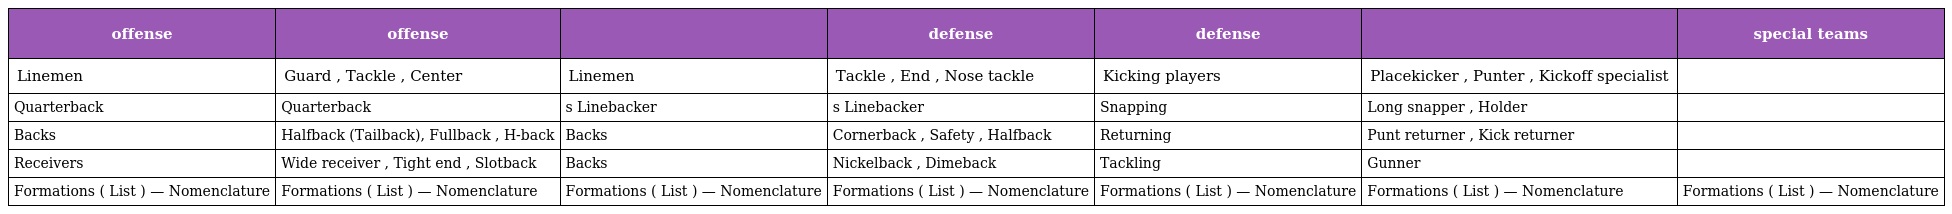
| offense | offense |  | defense | defense |  | special teams |
 | --- | --- | --- | --- | --- | --- | --- |
 | Linemen | Guard , Tackle , Center | Linemen | Tackle , End , Nose tackle | Kicking players | Placekicker , Punter , Kickoff specialist |  |
 | Quarterback | Quarterback | s Linebacker | s Linebacker | Snapping | Long snapper , Holder |  |
 | Backs | Halfback (Tailback), Fullback , H-back | Backs | Cornerback , Safety , Halfback | Returning | Punt returner , Kick returner |  |
 | Receivers | Wide receiver , Tight end , Slotback | Backs | Nickelback , Dimeback | Tackling | Gunner |  |
 | Formations ( List ) — Nomenclature | Formations ( List ) — Nomenclature | Formations ( List ) — Nomenclature | Formations ( List ) — Nomenclature | Formations ( List ) — Nomenclature | Formations ( List ) — Nomenclature | Formations ( List ) — Nomenclature |